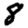
Digit: 8